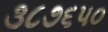
૩૮૭૬૫૦